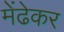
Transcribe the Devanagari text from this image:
मेंढेकर